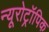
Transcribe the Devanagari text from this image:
न्यूरोट्रॉपिक